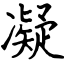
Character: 凝